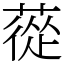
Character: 蓯